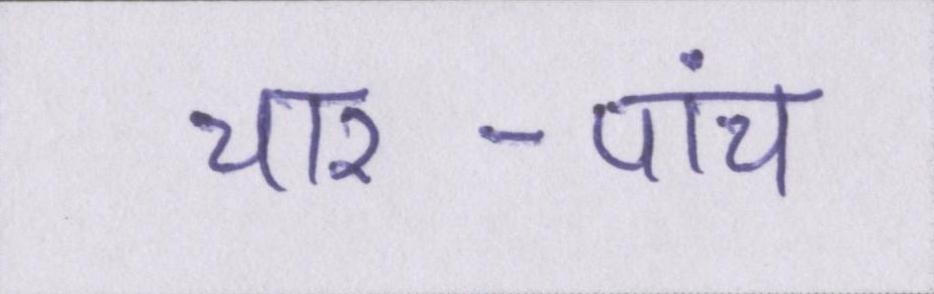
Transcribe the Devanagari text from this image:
चार-पांच